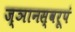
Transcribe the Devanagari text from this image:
ज्ञानस्वरूपं